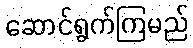
ဆောင်ရွက်ကြမည်